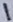
Text: 1